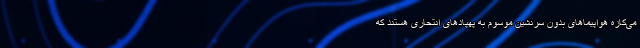
می‌کازه هواپیماهای بدون سرنشین موسوم به پهپادهای انتحاری هستند که